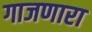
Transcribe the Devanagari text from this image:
गाजणारा